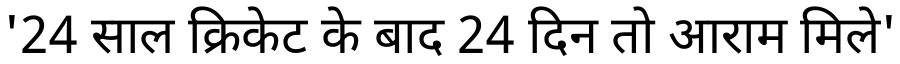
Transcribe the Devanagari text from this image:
'24 साल क्रिकेट के बाद 24 दिन तो आराम मिले'